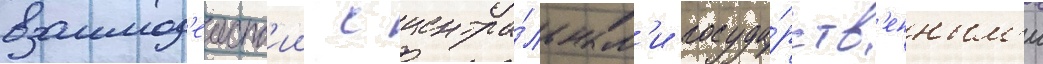
взаимод'еиств'ии с центра́льным'и госуда́рств'енным'и